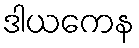
ဒါယကေန